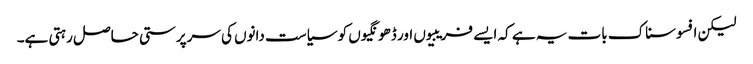
لیکن افسوسناک بات یہ ہے کہ ایسے فریبیوں اور ڈھونگیوں کو سیاست دانوں کی سرپرستی حاصل رہتی ہے۔